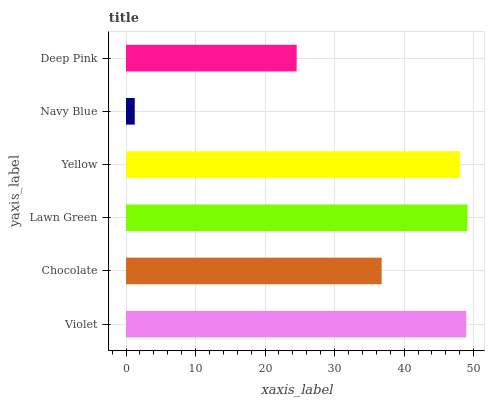
| yaxis_label | bars |
 | --- | --- |
 | Violet | 48.9 |
 | Chocolate | 36.8 |
 | Lawn Green | 49.1 |
 | Yellow | 48 |
 | Navy Blue | 1.26 |
 | Deep Pink | 24.5 |